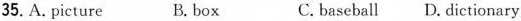
35. A. picture B. box C. baseball D. dictionary